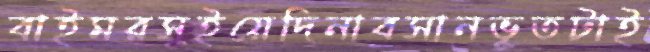
বাইমরসুইয়েদিনাবসানভূতটাই